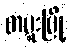
တမူးမြို့